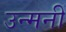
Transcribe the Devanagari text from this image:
उन्मनीं